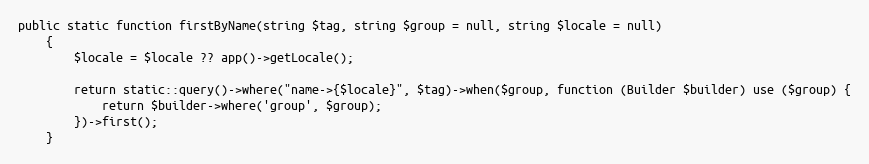
Language: PHP
public static function firstByName(string $tag, string $group = null, string $locale = null)
    {
        $locale = $locale ?? app()->getLocale();

        return static::query()->where("name->{$locale}", $tag)->when($group, function (Builder $builder) use ($group) {
            return $builder->where('group', $group);
        })->first();
    }